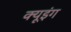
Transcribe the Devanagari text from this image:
क्यूइंग